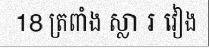
18 ត្រពាំង ស្លា រ វៀង